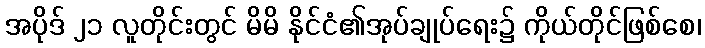
အပိုဒ် ၂၁ လူတိုင်းတွင် မိမိ နိုင်ငံ၏အုပ်ချုပ်ရေး၌ ကိုယ်တိုင်ဖြစ်စေ၊